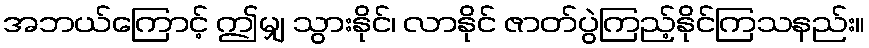
အဘယ်ကြောင့် ဤမျှ သွားနိုင်၊ လာနိုင် ဇာတ်ပွဲကြည့်နိုင်ကြသနည်း။